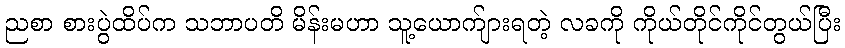
ညစာ စားပွဲထိပ်က သဘာပတိ မိန်းမဟာ သူ့ယောက်ျားရတဲ့ လခကို ကိုယ်တိုင်ကိုင်တွယ်ပြီး